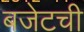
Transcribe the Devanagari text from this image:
बजेटची